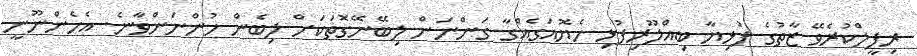
ރިފީލްކުރެވޭ ޒާތުގެ ފުޅިޔާ ބިއްލޫރިފުޅި ހެޔޮއަގެއްގާ ގަންނަން ލިބޭނޭގޮތަކަށް ލިބެން ހުންނަންވާނެ. އެހެންނޫނީ